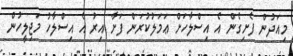
މިއަދުން ފެށިގެން އެ އިސްލާހަށް ޢަމަލުކުރަން ފަށާ އިރު އެ އިސްލާހު މަޖިލީހުން